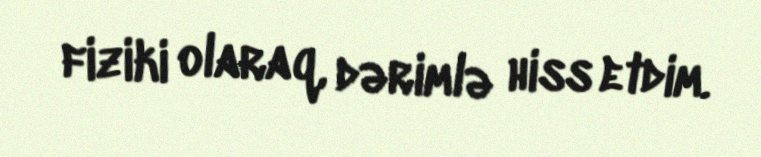
fiziki olaraq, dərimlə hiss etdim.